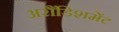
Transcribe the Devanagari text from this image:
अरौंडिशमेंट